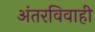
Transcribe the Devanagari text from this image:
अंतरविवाही